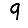
Digit: 9